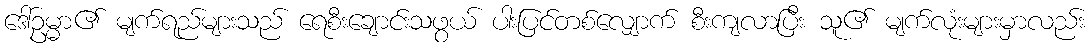
ဒေါ်ဥမ္မာ၏ မျက်ရည်များသည် ရေစီးချောင်းသဖွယ် ပါးပြင်တစ်လျှောက် စီးကျလာပြီး သူ၏ မျက်လုံးများမှာလည်း